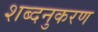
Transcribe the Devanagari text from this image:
शब्दनुकरण